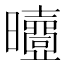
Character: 𣌐